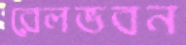
রেলভবন